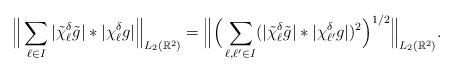
LaTeX: \begin{align*}\Big\|\sum_{\ell\in I}|\tilde{\chi}_\ell^\delta \tilde{g}|*|\chi_\ell^\delta g|\Big\|_{L_2(\mathbb{R}^2)} =\Big\|\Big(\sum_{\ell,\ell^\prime\in I}(|\tilde{\chi}_\ell^\delta \tilde{g}|*|\chi_{\ell^\prime}^\delta{g}|)^2\Big)^{1/2}\Big\|_{L_2(\mathbb{R}^2)}. \end{align*}